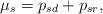
LaTeX: \begin{align*}\mu_s=p_{sd}+p_{sr}, \end{align*}